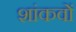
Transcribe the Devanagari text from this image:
शांकवों